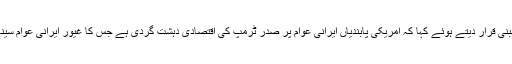
ایرانی صدر نے امریکی پابندیوں کو غیر قانونی اور ناانصافی پر مبنی قرار دیتے ہوئے کہا کہ امریکی پابندیاں ایرانی عوام پر صدر ٹرمپ کی اقتصادی دہشت گردی ہے جس کا غیور ایرانی عوام سینہ تان کر مقابلہ کریں گے اور ظلم کے آگے سر نہیں جھکائیں گے۔